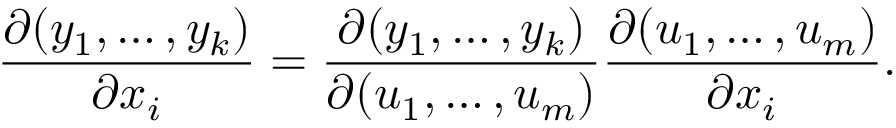
{ \frac { \partial ( y _ { 1 } , \ldots , y _ { k } ) } { \partial x _ { i } } } = { \frac { \partial ( y _ { 1 } , \ldots , y _ { k } ) } { \partial ( u _ { 1 } , \ldots , u _ { m } ) } } { \frac { \partial ( u _ { 1 } , \ldots , u _ { m } ) } { \partial x _ { i } } } .